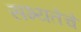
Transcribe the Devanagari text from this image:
सभ्यतेचे